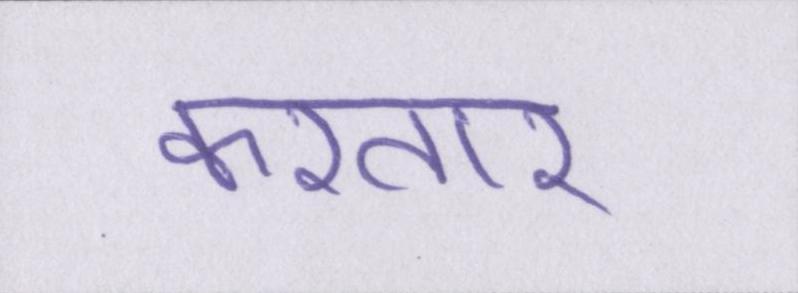
करतार